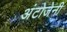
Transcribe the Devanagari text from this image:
अंटोजेनी